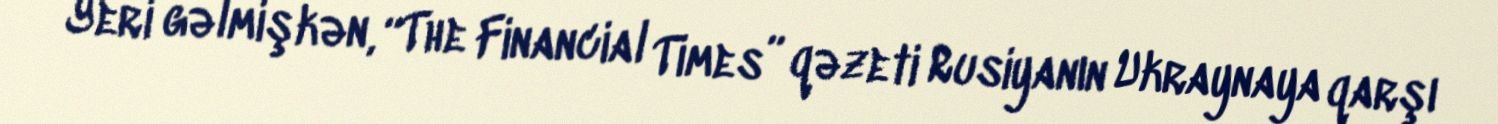
Yeri gəlmişkən, “The Financial Times” qəzeti Rusiyanın Ukraynaya qarşı